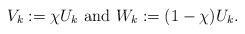
LaTeX: \begin{align*}V_k:=\chi U_k {\mbox{ and }}W_k:=(1-\chi)U_k.\end{align*}